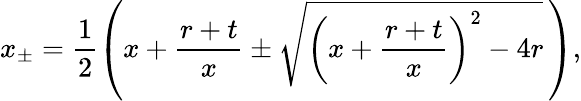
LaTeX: x_{\pm}=\frac{1}{2}\left(x+\frac{r+t}{x}\pm\sqrt{\left(x+\frac{r+t}{x}\right)^{2}-4r}\, \right),